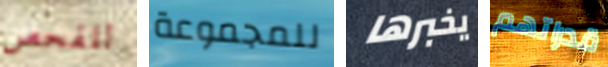
للفحص للمجموعة يخبرها قدراتهم